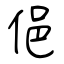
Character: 俋